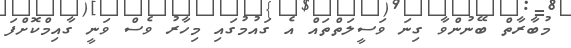
މުބާރާތް ބޭނުންވާ ގިނަ ވަސީލަތްތައް އެ ގައުމުގައި މިހާރު ވެސް ވަނީ ގާއިމްކޮށްފަ